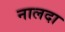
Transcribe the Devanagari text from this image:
नालदा